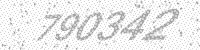
Solution: 790342